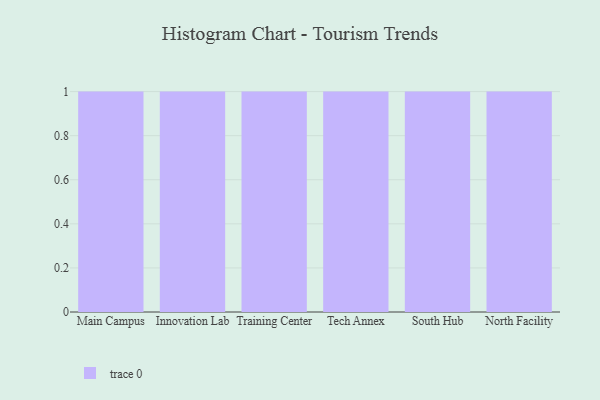
{"axis": {"x": "Campus", "y": "Inventory Turnover"}, "legend": [""], "data": [{"x": "Main Campus", "y": 99, "type": ""}, {"x": "Innovation Lab", "y": 14, "type": ""}, {"x": "Training Center", "y": 71, "type": ""}, {"x": "Tech Annex", "y": 62, "type": ""}, {"x": "South Hub", "y": 42, "type": ""}, {"x": "North Facility", "y": 21, "type": ""}]}